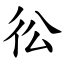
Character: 彸